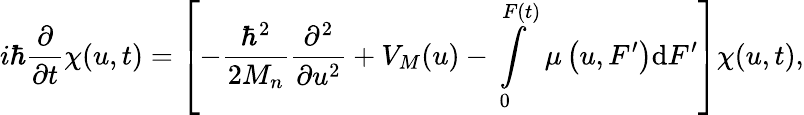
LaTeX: i\hbar\frac{\partial}{\partial t}\chi(u,t)=\left[-\frac{\hbar^{2}}{2M_{n}}\frac{\partial^{2}}{\partial u^{2}}+V_{M}(u)-\intop_{0}^{F\left(t\right)}\mu\left(u,F^{\prime}\right)\mathrm{d}F^{\prime}\right]\chi(u,t),